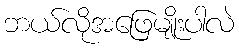
ဘယ်လိုအဖြေမျိုးပါလဲ